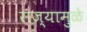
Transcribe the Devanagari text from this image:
राज्यामुळे